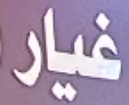
غيار